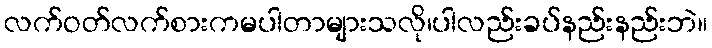
လက်ဝတ်လက်စားကမပါတာများသလို၊ပါလည်းခပ်နည်းနည်းဘဲ။